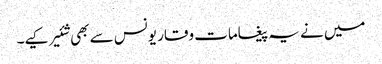
میں نے یہ پیغامات وقار یونس سے بھی شئیر کیے۔